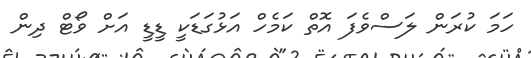
ހަމަ ކުރަން ލަސްވެފަ އޮތް ކަމެހް އަޅުގަޑަކީ ޑީޑީ އަށް ވޯޓް ދިން